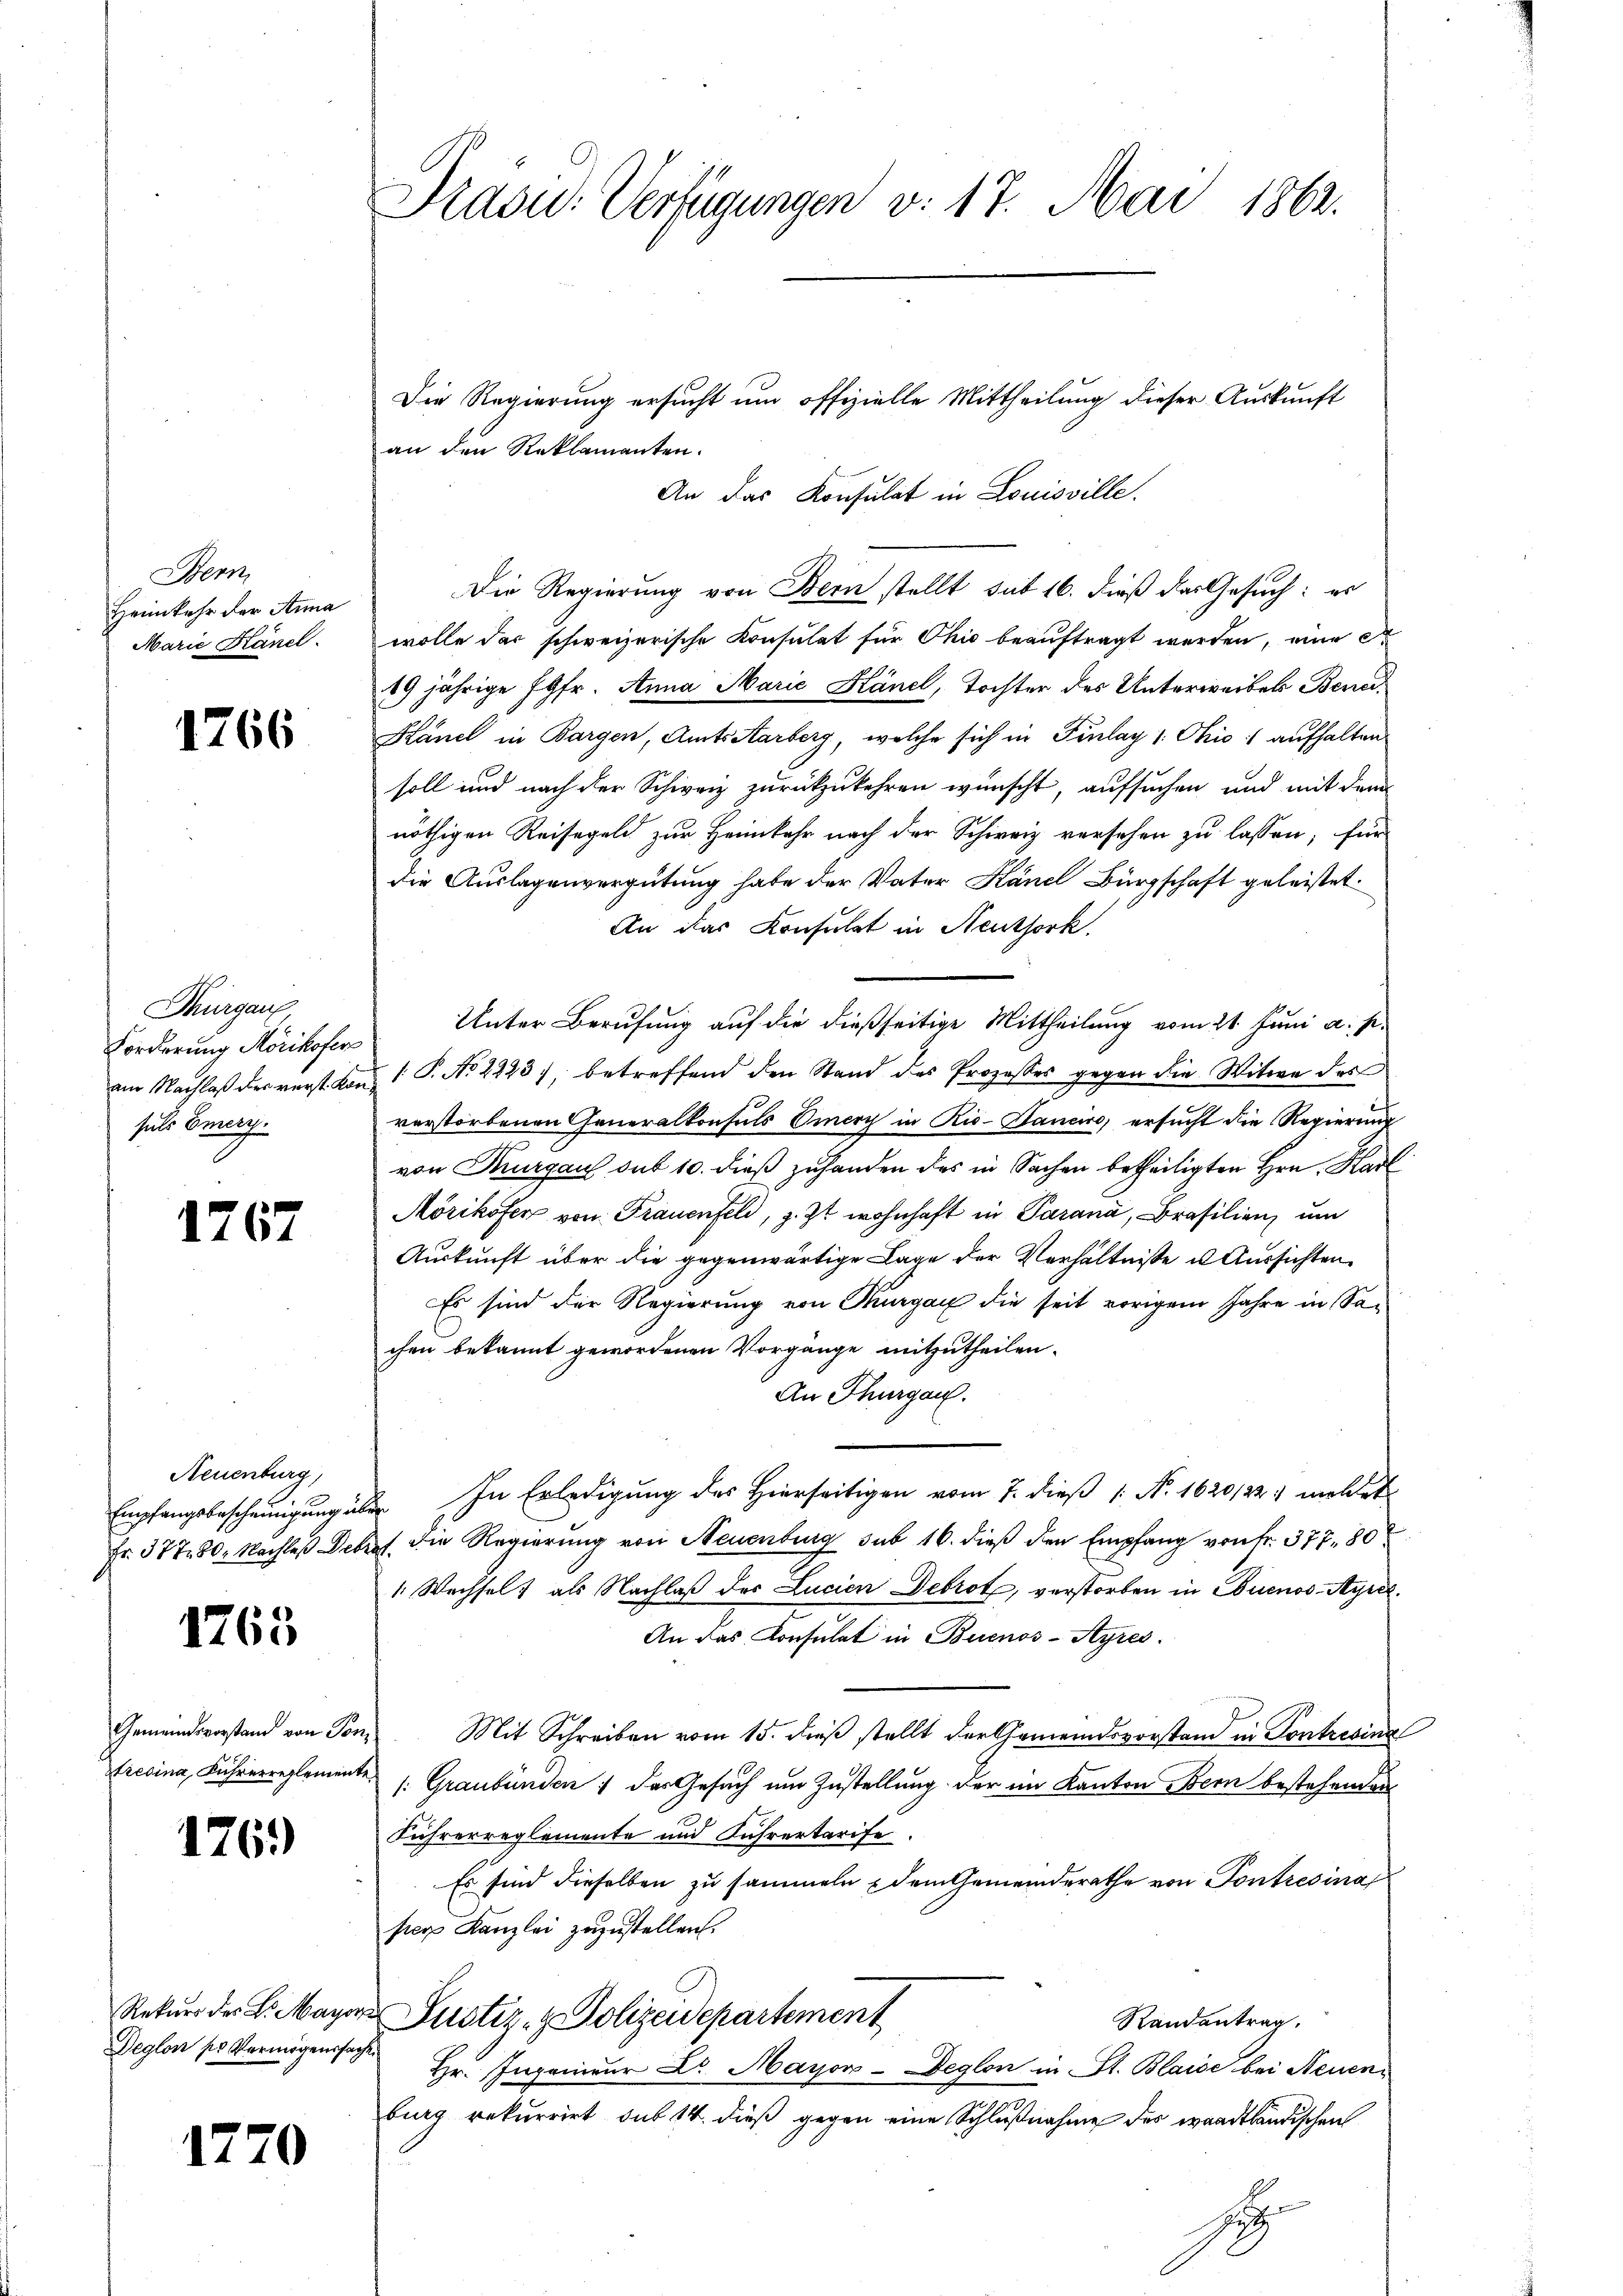
Bern
Heimkehr der Anna
Marie Känel

1766

Thurgau,
Forderung Mörikofer
sels Emerz.

1767

Neuenburg,

1765

176.

Deglon po Vermögenssache

1770

Prasid. Verfügungen v. 17. Mai 1862.

Die Regierung ersucht um offizielle Mittheilung dieser Auskunft
an den Reklamanten.
An das Konsulat in Louisville.
Die Regierung von Bern stellt sub 16. dieß das Gesuch: es
wolle das schweizerische Konsulat für Ohio beauftragt werden, eine A
19 jährige Jgfr. Anna Marie Känel, Tochter des Unterweibels Bene¬
Känel in Bargen, Amtsarberg, welche sich in Filay 1: Ohio 1 aufhalten
soll und nach der Schweiz zurückzukehren wünscht, aufsuchen und mit dem
nöthigen Reisegeld zur Heimkehr nach der Schweiz versehen zu lassen; für
die Auslagenvergütung habe der Vater Hand Bürgschaft geleistet.
An das Konsulat in Neuthork.
Unter Berufung auf die dießseitige Mittheilung vom 21. Juni a. p.
am Nachlaß der verst. Kan 1 P. No 2243), betreffend den Stand des Prozesses gegen die Witwe des
verstorbenen Generalkonsuls Omery in Rio- Banciro, ersucht die Regierung
von Thurgau sub 10. dieß zuhanden des in Sachen betheiligten Hrn. Karl
Mörikofer von Frauenfeld, z. Zt. wohnhaft in Parana, Brasilien, um
Auskunft über die gegenwärtige Lage der Verhältniße u. Aussichten
Es sind der Regierung von Thurgau die seit vorigem Jahre in Sachen bekannt gewordenen Vorgänge mitzutheilen.
An Thurgau.
Empfangsbescheinigŭng über In Erledigŭng des hierseitigen vom 7. dieβ 1. No. 1620/221 meldet
Fr. 377. 80. Nachlaß Debref die Regierung von Neuenburg sub 16. dieß den Empfang von fr. 377. 80
1 Wechsel) als Nachlaß des Lucien Debrot, verstorben in Buenos-Ayres.
An das Konsulat in Buenos-Ayres.
Gemeindsvorstand von Ton. Mit Schreiben vom 15. dieβ stellt der Gemeindsvorstand in Kontresina
trevina, Führerreglemente : Graubünden: das Gesuch um Zustellung der im Kanton Bern bestehenden
Führerreglemente und Führertarife
Es sind dieselben zu sammeln dem Gemeinderathe von Pontresina
srer Kanzlei zuzustellen.
Rekurs der L. Mayer Justiz- & Polizeidepartement
Randantrag.
Hr. Ingenieur Dr. Mayon-Deglon in St. Blaise bei Neuen
burg rekurrirt sub 14. dieß gegen eine Schlußnahme des waadtländischen
S